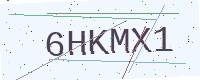
Text: 6HKMX1